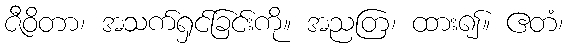
ဇီဝိတာ၊ အသက်ရှင်ခြင်းကို။ အညတြ၊ ထား၍။ ဧတံ၊